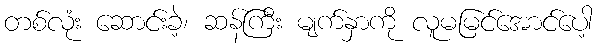
တစ်လုံး ဆောင်းခဲ့၊ ဆန်ကြီး မျက်နှာကို လူမမြင်အောင်ပေါ့